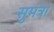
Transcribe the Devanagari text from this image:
सुमंत्रा